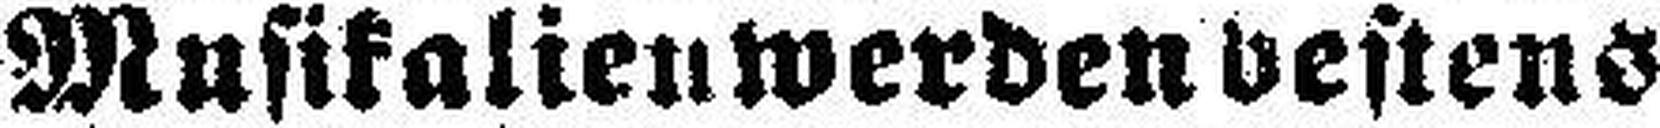
Musikalien werden bestens